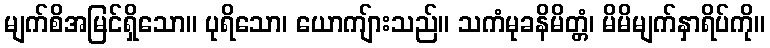
မျက်စိအမြင်ရှိသော။ ပုရိသော၊ ယောကျ်ားသည်။ သကံမုခနိမိတ္တံ၊ မိမိမျက်နှာရိပ်ကို။